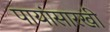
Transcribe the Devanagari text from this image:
पायांसारखी